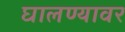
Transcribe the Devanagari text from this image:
घालण्यावर